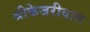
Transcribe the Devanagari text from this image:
श्रीकेजरीवाल